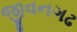
જીવનગઢ